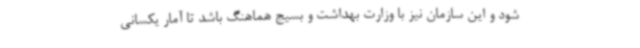
شود و این سازمان نیز با وزارت بهداشت و بسیج هماهنگ باشد تا آمار یکسانی